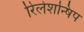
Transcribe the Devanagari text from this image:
रिलेशन्षिप